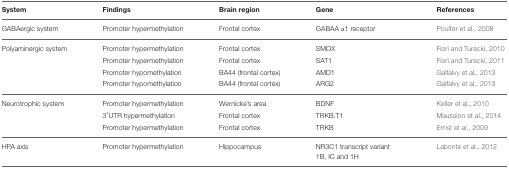
| System | Findings | Brain region | Gene | References |
 | --- | --- | --- | --- | --- |
 | GABAergic system | Promoter hypermethylation | Frontal cortex | GABAA α1 receptor | Poulter et al., 2008 |
 | Polyaminergic system | Promoter hypermethylation | Frontal cortex | SMOX | Fiori and Turecki, 2010 |
 |  | Promoter hypermethylation | Frontal cortex | SAT1 | Fiori and Turecki, 2011 |
 |  | Promoter hypomethylation | BA44 (frontal cortex) | AMD1 | Galfalvy et al., 2013 |
 |  | Promoter hypomethylation | BA44 (frontal cortex) | ARG2 | Galfalvy et al., 2013 |
 | Neurotrophic system | Promoter hypermethylation | Wernicke's area | BDNF | Keller et al., 2010 |
 |  | 3′UTR hypermethylation | Frontal cortex | TRKB.T1 | Maussion et al., 2014 |
 |  | Promoter hypermethylation | Frontal cortex | TRKB | Ernst et al., 2009 |
 | HPA axis | Promoter hypermethylation | Hippocampus | NR3C1 transcript variant 1B, IC and 1H | Labonte et al., 2012 |